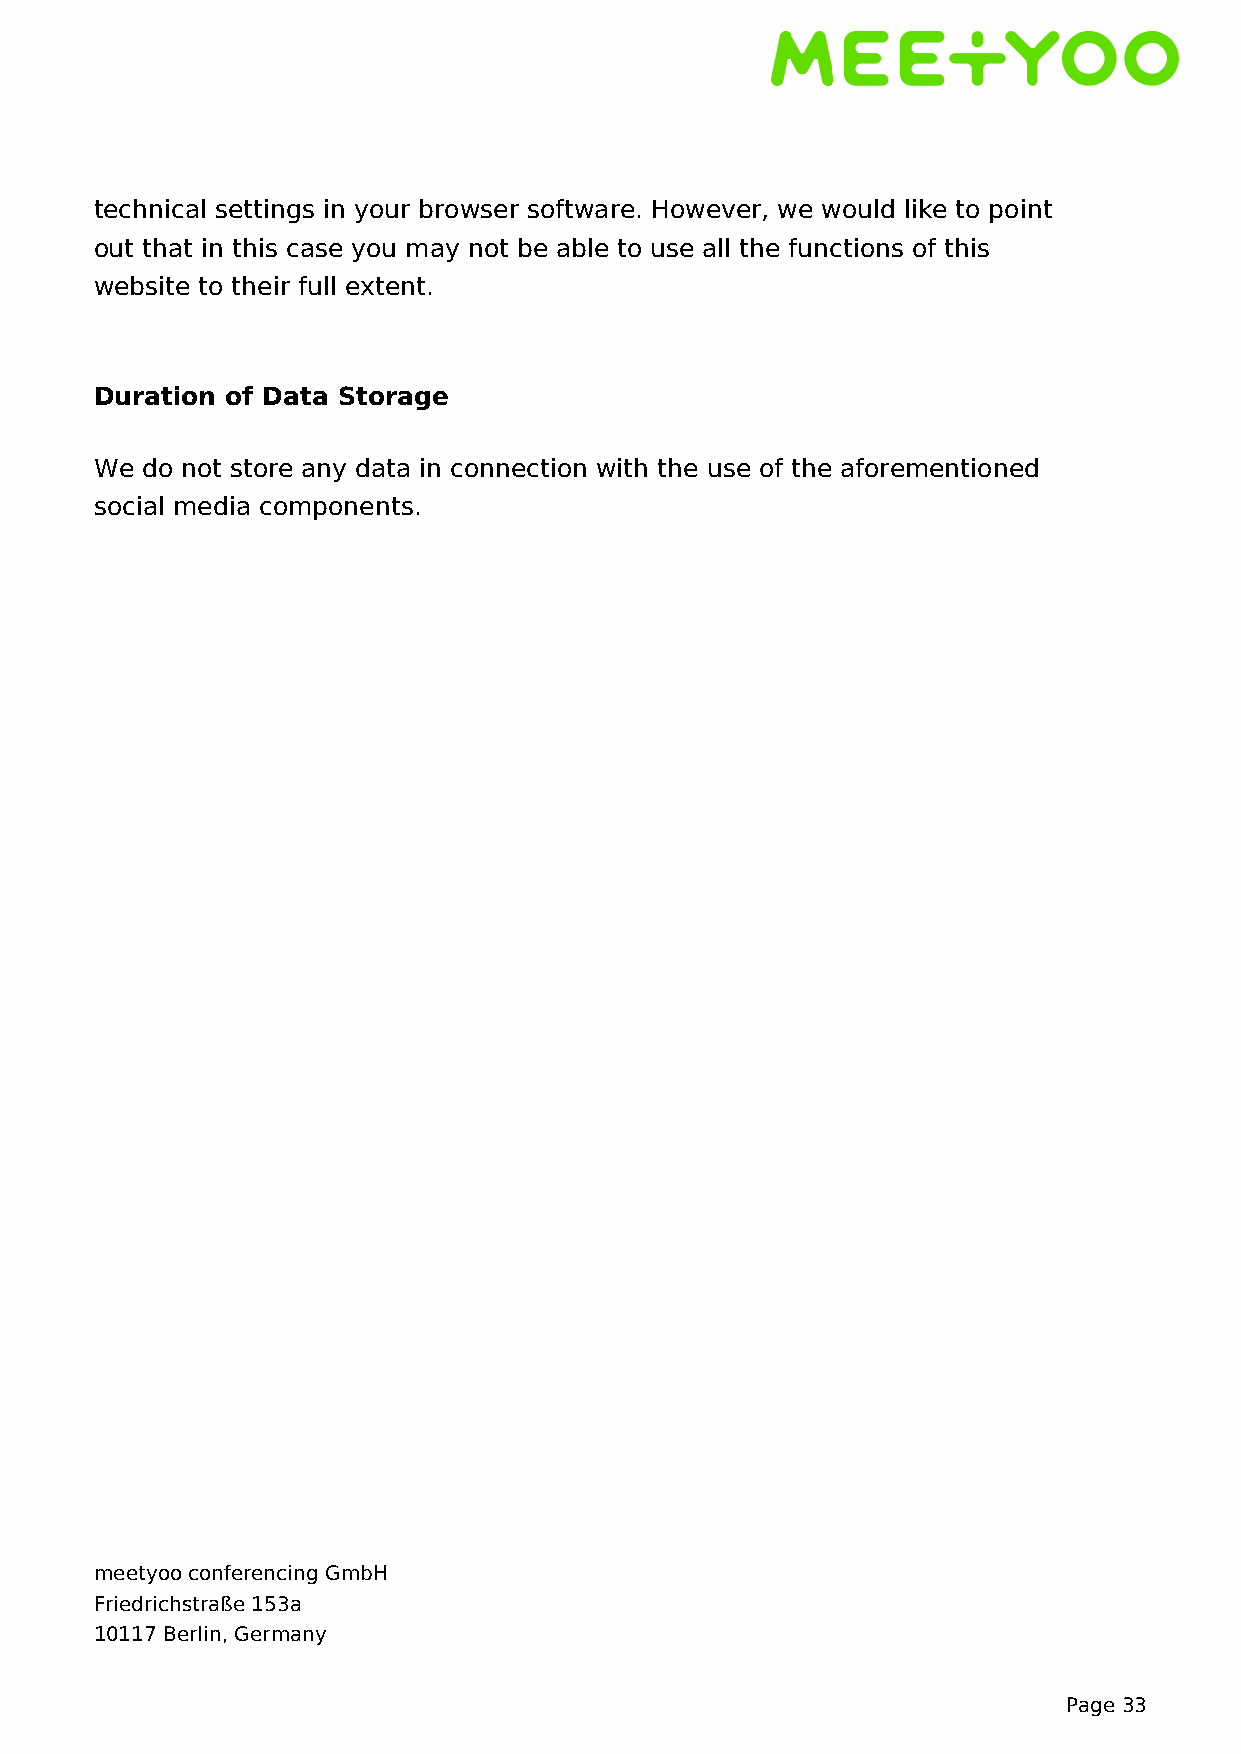
technical settings in your browser software. However, we would like to point
 out that in this case you may not be able to use all the functions of this
 website to their full extent.
 Duration of Data Storage
 We do not store any data in connection with the use of the aforementioned
 social media components.
 meetyoo conferencing GmbH
 Friedrichstraße 153a
 10117 Berlin, Germany
 Page 33